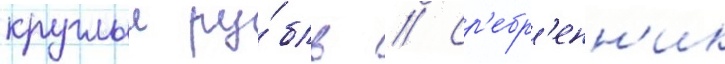
круглыи ру́бль // Ср'ебр'енн'ик